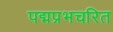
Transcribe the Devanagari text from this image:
पद्मप्रभचरित